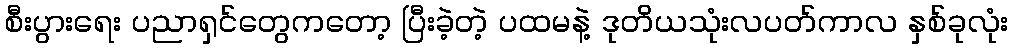
စီးပွားရေး ပညာရှင်တွေကတော့ ပြီးခဲ့တဲ့ ပထမနဲ့ ဒုတိယသုံးလပတ်ကာလ နှစ်ခုလုံး